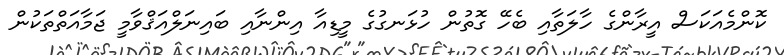
ކޮންމެއަކަސް އީރާންގެ ހާލަތާއި ބެހޭ ގޮތުން ހުޅަނގުގެ މީޑިއާ އިންނާއި ބައިނަލްއަޤްވާމީ ޖަމާއަތްތަކުން